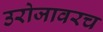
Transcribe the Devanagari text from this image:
उरोजावरच